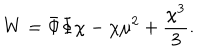
W = \bar { \Phi } \Phi \chi - \chi \mu ^ { 2 } + { \frac { \chi ^ { 3 } } { 3 } } .